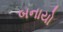
બનાયો